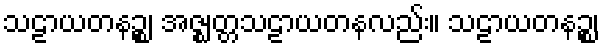
သဠာယတနဉ္စ၊ အဇ္ဈတ္တသဠာယတနလည်း။ သဠာယတနဉ္စ၊